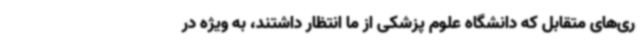
ری‌های متقابل که دانشگاه علوم پزشکی از ما انتظار داشتند، به ویژه در